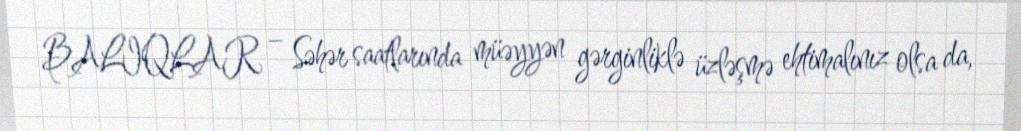
BALIQLAR – Səhər saatlarında müəyyən gərginliklə üzləşmə ehtimalınız olsa da,